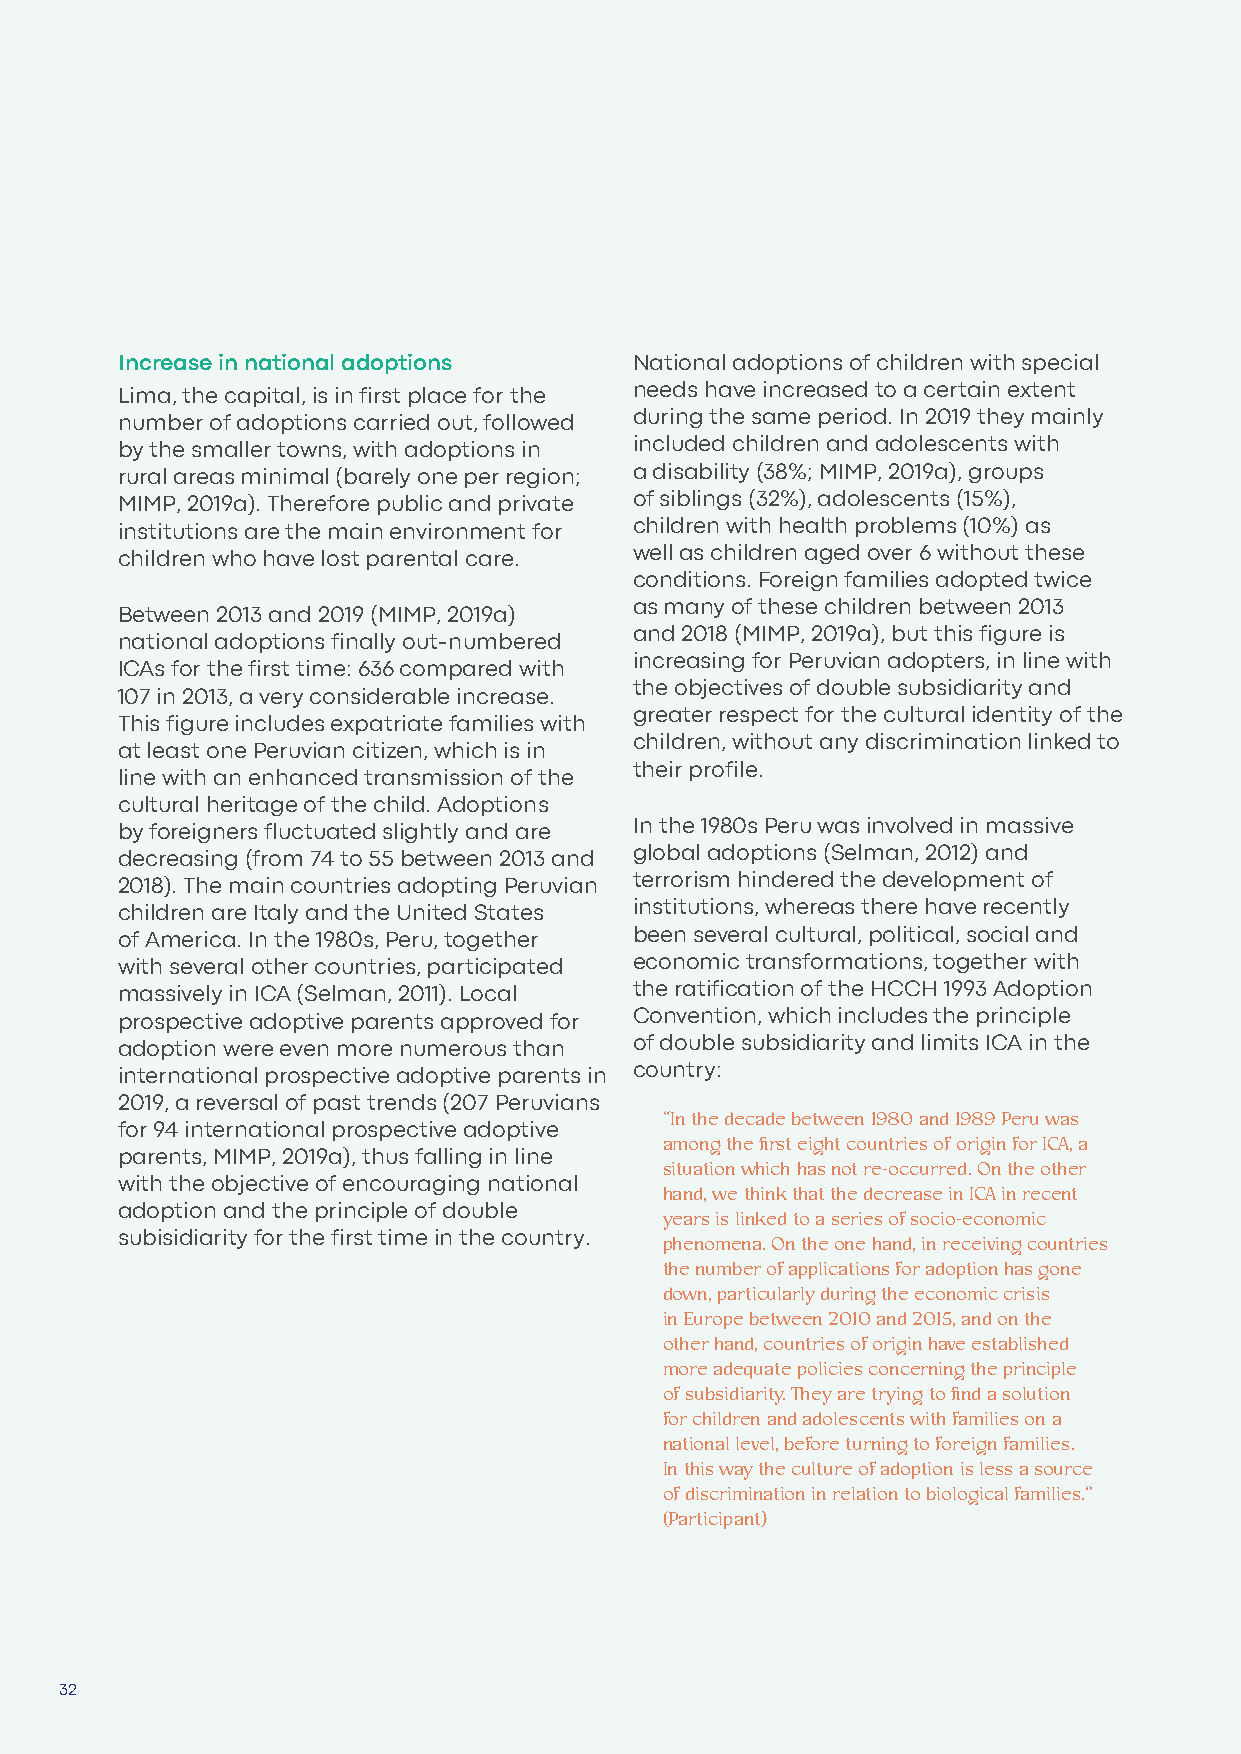
Increase in national adoptions    National adoptions of children with special
 Lima, the capital, is in first place for the needs have increased to a certain extent
 number of adoptions carried out, followed during the same period. In 2019 they mainly
 by the smaller towns, with adoptions in included children and adolescents with
 rural areas minimal (barely one per region; a disability (38%; MIMP, 2019a), groups
 MIMP, 2019a). Therefore public and private of siblings (32%), adolescents (15%),
 institutions are the main environment for children with health problems (10%) as
 children who have lost parental care. well as children aged over 6 without these
 conditions. Foreign families adopted twice
 as many of these children between 2013
 Between 2013 and 2019 (MIMP, 2019a)
 and 2018 (MIMP, 2019a), but this figure is
 national adoptions finally out-numbered
 increasing for Peruvian adopters, in line with
 ICAs for the first time: 636 compared with
 the objectives of double subsidiarity and
 107 in 2013, a very considerable increase.
 greater respect for the cultural identity of the
 This figure includes expatriate families with
 children, without any discrimination linked to
 at least one Peruvian citizen, which is in
 their profile.
 line with an enhanced transmission of the
 cultural heritage of the child. Adoptions
 by foreigners fluctuated slightly and are In the 1980s Peru was involved in massive
 decreasing (from 74 to 55 between 2013 and global adoptions (Selman, 2012) and
 2018). The main countries adopting Peruvian terrorism hindered the development of
 children are Italy and the United States institutions, whereas there have recently
 of America. In the 1980s, Peru, together been several cultural, political, social and
 with several other countries, participated economic transformations, together with
 massively in ICA (Selman, 2011). Local the ratification of the HCCH 1993 Adoption
 prospective adoptive parents approved for Convention, which includes the principle
 adoption were even more numerous than of double subsidiarity and limits ICA in the
 international prospective adoptive parents in country:
 2019, a reversal of past trends (207 Peruvians
 “In the decade between 1980 and 1989 Peru was
 for 94 international prospective adoptive
 among the first eight countries of origin for ICA, a
 parents, MIMP, 2019a), thus falling in line situation which has not re-occurred. On the other
 with the objective of encouraging national hand, we think that the decrease in ICA in recent
 adoption and the principle of double years is linked to a series of socio-economic
 subisidiarity for the first time in the country. phenomena. On the one hand, in receiving countries
 the number of applications for adoption has gone
 down, particularly during the economic crisis
 in Europe between 2010 and 2015, and on the
 other hand, countries of origin have established
 more adequate policies concerning the principle
 of subsidiarity. They are trying to find a solution
 for children and adolescents with families on a
 national level, before turning to foreign families.
 In this way the culture of adoption is less a source
 of discrimination in relation to biological families.”
 (Participant)
 32